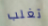
تغلب